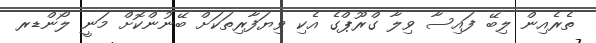
ތެރެއިން ލިބޭ ފައިސާ ވިލާ ގްރޫޕްގެ އެކި ވިޔަފާރިތަކަށް ބޭނުންކޮށް މަނީ ލޯންޑރ